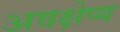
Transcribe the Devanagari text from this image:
अवक्षेप्य